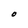
Character: O